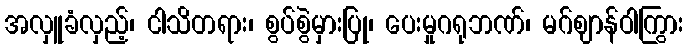
အလှူခံလှည့်၊ ငါသိတရား၊ စွပ်စွဲမှားပြု၊ ပေးမှုဂရုဘဏ်၊ မဂ်ဈာန်ဝါကြွား